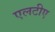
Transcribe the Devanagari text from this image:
एलटीए